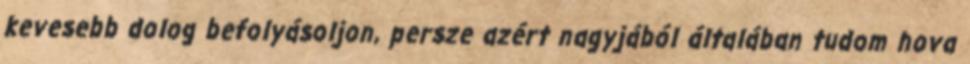
kevesebb dolog befolyásoljon, persze azért nagyjából általában tudom hova